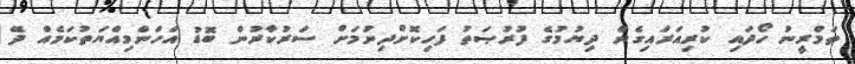
ތަމްރީނު ހޯދައި ކުރިއަރައިގެން ދިޔުމުގެ ފުރުޞަތު ފަހިކޮށްދިނުމަށް ސަރުކާރުން ބޮޑު އަހަންމިއްޔަތުކަމެއް ދޭ